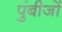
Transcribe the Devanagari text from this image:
पुंबीजों